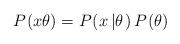
LaTeX: \begin{align*}P_{}\left( x\theta\right) =P_{}\left(x\left\vert \theta\right. \right) P_{}\left( \theta\right)\end{align*}